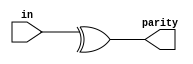
module top_module (
    input [7:0] in,
    output parity); 
    assign parity=^in[7:0];
endmodule

//
// The reduction operators can do AND, OR, and XOR of the bits of a vector, producing one bit of output:

// & a[3:0]     // AND: a[3]&a[2]&a[1]&a[0]. Equivalent to (a[3:0] == 4'hf)
// | b[3:0]     // OR:  b[3]|b[2]|b[1]|b[0]. Equivalent to (b[3:0] != 4'h0)
// ^ c[2:0]     // XOR: c[2]^c[1]^c[0]